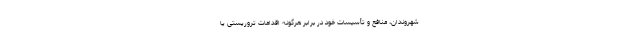
شهروندان، منافع و تأسیسات خود در برابر هرگونه اقدامات تروریستی یا